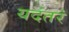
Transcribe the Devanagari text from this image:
यदंतरं